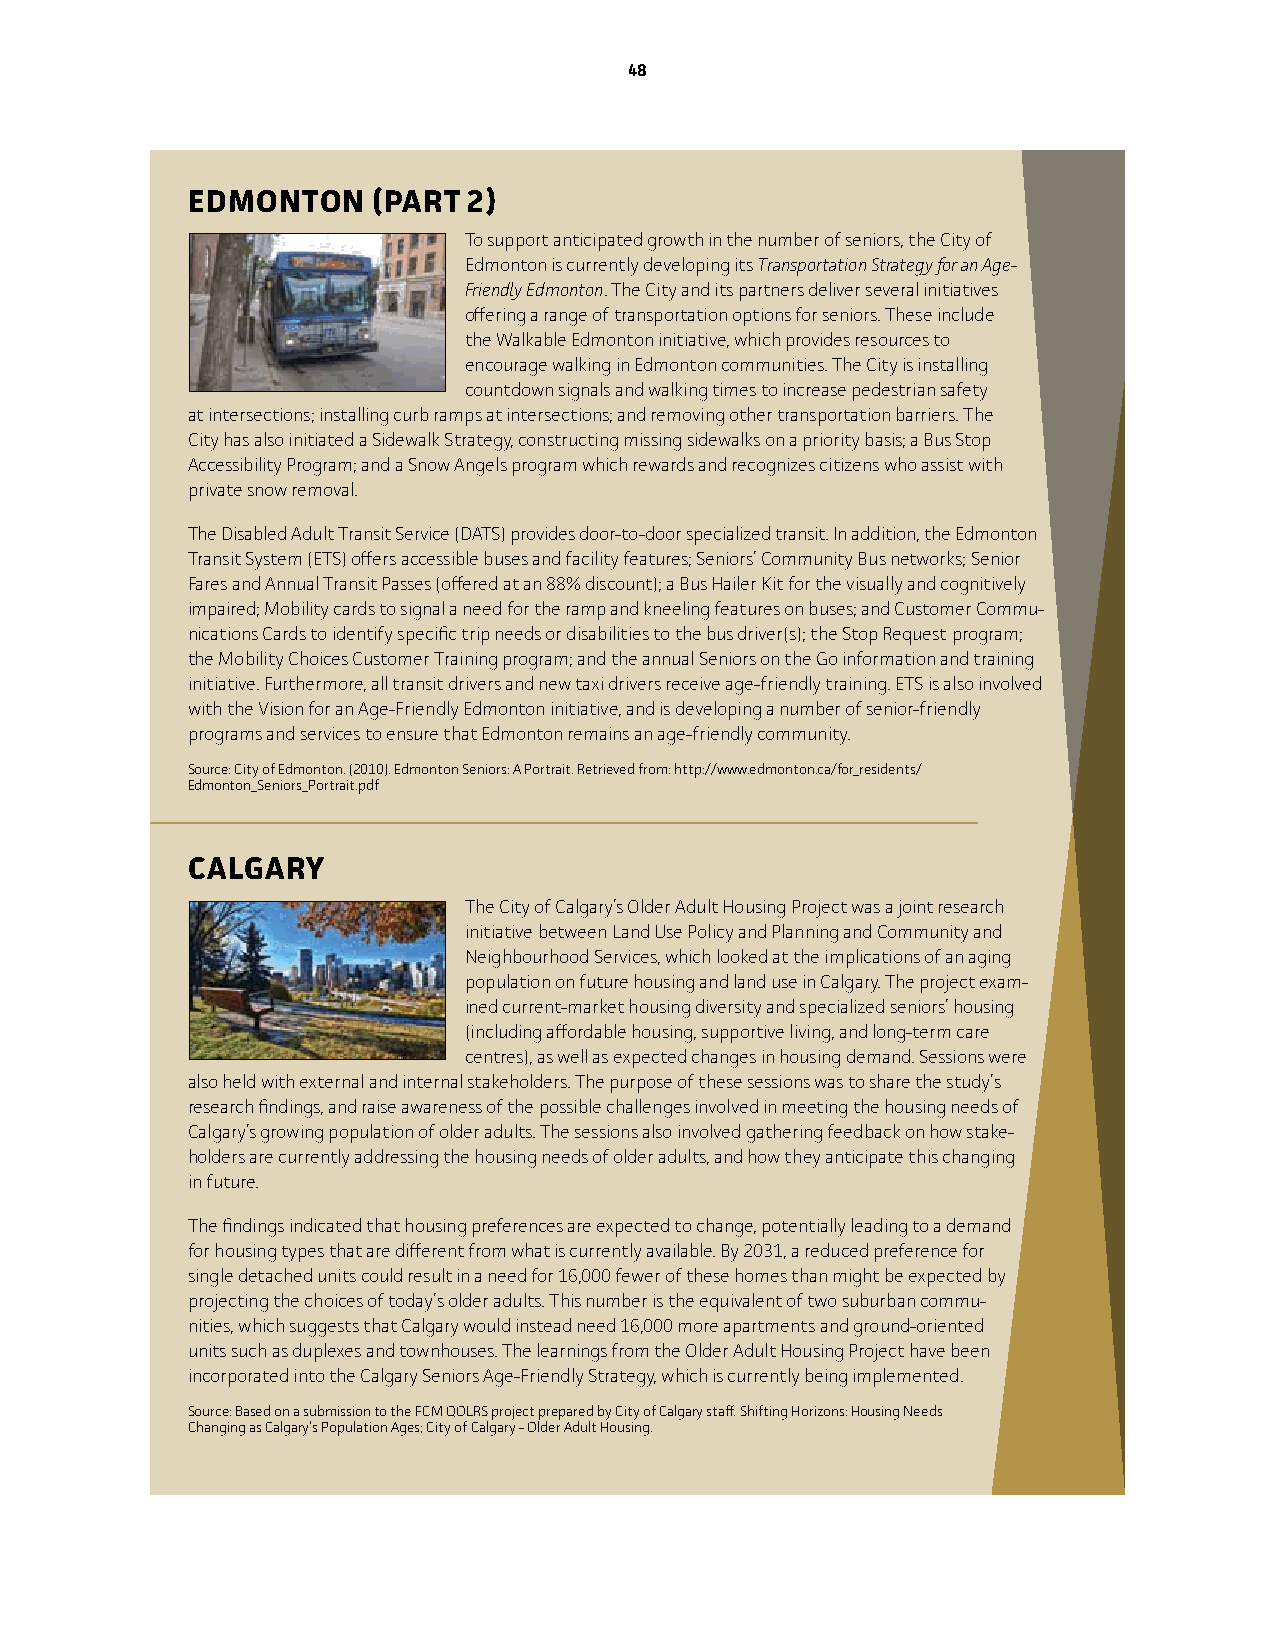
48
 eDMonTon     (PART 2)
 To support anticipated growth in the number of seniors, the City of
 Edmonton is currently developing its Transportation Strategy for an Age-
 Friendly Edmonton. The City and its partners deliver several initiatives
 offering a range of transportation options for seniors. These include
 the walkable Edmonton initiative, which provides resources to
 encourage walking in Edmonton communities. The City is installing
 countdown signals and walking times to increase pedestrian safety
 at intersections; installing curb ramps at intersections; and removing other transportation barriers. The
 City has also initiated a Sidewalk Strategy, constructing missing sidewalks on a priority basis; a Bus Stop
 Accessibility Program; and a Snow Angels program which rewards and recognizes citizens who assist with
 private snow removal.
 The Disabled Adult Transit Service (DATS) provides door-to-door specialized transit. in addition, the Edmonton
 Transit System (ETS) offers accessible buses and facility features; Seniors’ Community Bus networks; Senior
 Fares and Annual Transit Passes (offered at an 88% discount); a Bus Hailer Kit for the visually and cognitively
 impaired; Mobility cards to signal a need for the ramp and kneeling features on buses; and Customer Commu-
 nications Cards to identify specific trip needs or disabilities to the bus driver(s); the Stop Request program;
 the Mobility Choices Customer Training program; and the annual Seniors on the Go information and training
 initiative. Furthermore, all transit drivers and new taxi drivers receive age-friendly training. ETS is also involved
 with the Vision for an Age-Friendly Edmonton initiative, and is developing a number of senior-friendly
 programs and services to ensure that Edmonton remains an age-friendly community.
 Source: City of Edmonton. (2010). Edmonton Seniors: A Portrait. Retrieved from: http://www.edmonton.ca/for_residents/
 Edmonton_Seniors_Portrait.pdf
 CALgARy
 The City of Calgary’s Older Adult Housing Project was a joint research
 initiative between Land use Policy and Planning and Community and
 Neighbourhood Services, which looked at the implications of an aging
 population on future housing and land use in Calgary. The project exam-
 ined current-market housing diversity and specialized seniors’ housing
 (including affordable housing, supportive living, and long-term care
 centres), as well as expected changes in housing demand. Sessions were
 also held with external and internal stakeholders. The purpose of these sessions was to share the study’s
 research findings, and raise awareness of the possible challenges involved in meeting the housing needs of
 Calgary’s growing population of older adults. The sessions also involved gathering feedback on how stake-
 holders are currently addressing the housing needs of older adults, and how they anticipate this changing
 in future.
 The findings indicated that housing preferences are expected to change, potentially leading to a demand
 for housing types that are different from what is currently available. By 2031, a reduced preference for
 single detached units could result in a need for 16,000 fewer of these homes than might be expected by
 projecting the choices of today’s older adults. This number is the equivalent of two suburban commu-
 nities, which suggests that Calgary would instead need 16,000 more apartments and ground-oriented
 units such as duplexes and townhouses. The learnings from the Older Adult Housing Project have been
 incorporated into the Calgary Seniors Age-Friendly Strategy, which is currently being implemented.
 Source: Based on a submission to the FCM QOLRS project prepared by City of Calgary staff. Shifting Horizons: Housing Needs
 Changing as Calgary’s Population Ages; City of Calgary - Older Adult Housing.